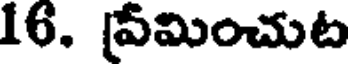
16. ఏమించుట